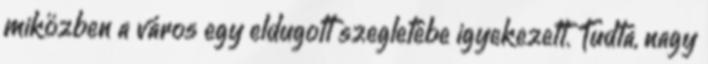
miközben a város egy eldugott szegletébe igyekezett. Tudta, nagy